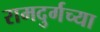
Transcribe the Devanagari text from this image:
रामदुर्गच्या